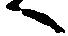
へ